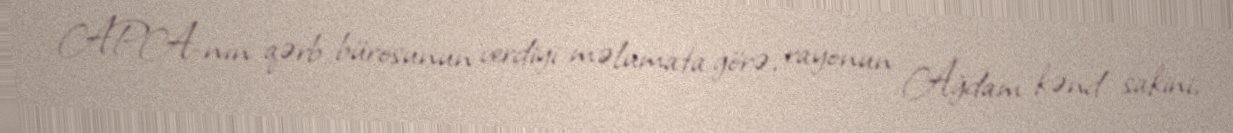
APA-nın qərb bürosunun verdiyi məlumata görə, rayonun Ağdam kənd sakini,